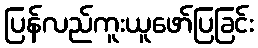
ပြန်လည်ကူးယူဖော်ပြခြင်း